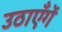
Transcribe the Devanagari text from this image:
उठाएँगें